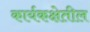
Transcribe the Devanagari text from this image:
कार्यकक्षेतील